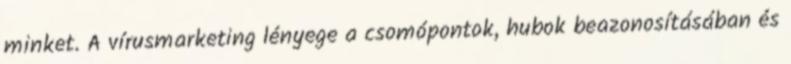
minket. A vírusmarketing lényege a csomópontok, hubok beazonosításában és